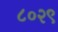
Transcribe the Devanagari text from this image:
८०२९